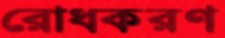
রোধকরণ